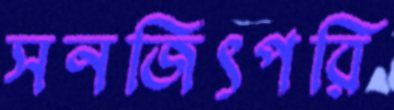
সনজিৎপরি